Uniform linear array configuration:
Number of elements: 32
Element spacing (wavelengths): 0.75
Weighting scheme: uniform
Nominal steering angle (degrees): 0
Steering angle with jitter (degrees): -0.5455
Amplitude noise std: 0.05
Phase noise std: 0.05

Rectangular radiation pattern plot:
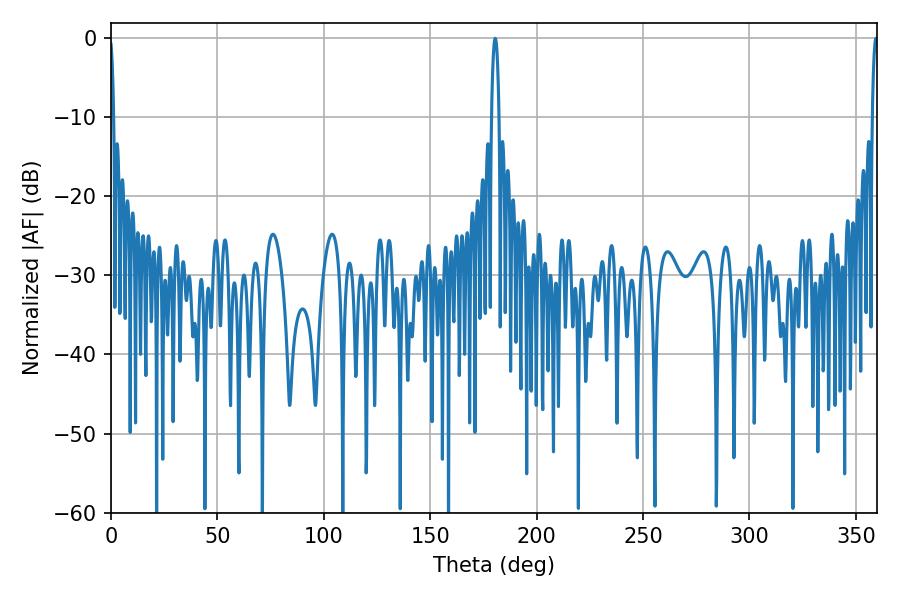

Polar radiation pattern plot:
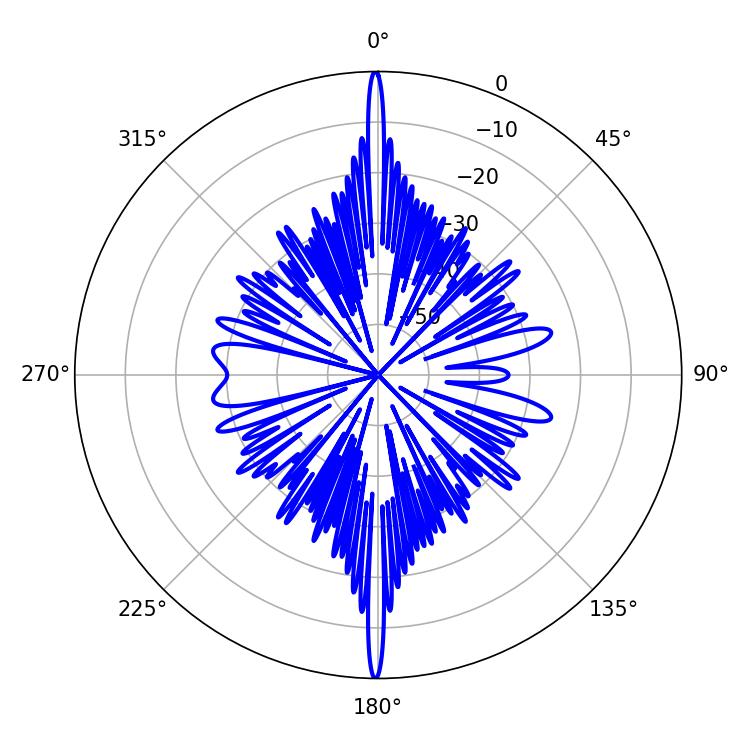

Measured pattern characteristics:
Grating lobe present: TRUE
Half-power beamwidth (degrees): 1.8
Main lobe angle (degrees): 180.54